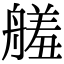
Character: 𦪋